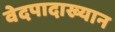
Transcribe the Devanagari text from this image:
वेदपादाख्यान